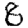
Digit: 8